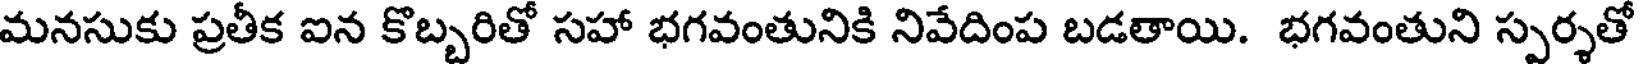
మనసుకు ప్రతీక ఐన కొబ్బరితో సహా భగవంతునికి నివేదింప బడతాయి. భగవంతుని స్పర్శతో